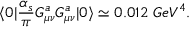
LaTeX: \langle { 0 } | { \frac { \alpha _ { s } } { \pi } } G _ { \mu \nu } ^ { a } G _ { \mu \nu } ^ { a } | { 0 } \rangle \simeq 0 . 0 1 2 \ G e V ^ { 4 } .